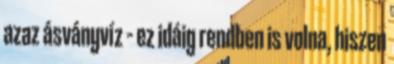
azaz ásványvíz – ez idáig rendben is volna, hiszen